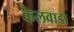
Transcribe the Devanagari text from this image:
केलवाडा